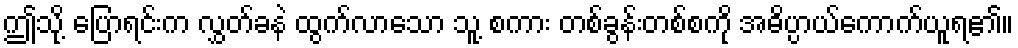
ဤသို့ ပြောရင်းက လွှတ်ခနဲ ထွက်လာသော သူ့ စကား တစ်ခွန်းတစ်စကို အဓိပ္ပာယ်ကောက်ယူရ၏။